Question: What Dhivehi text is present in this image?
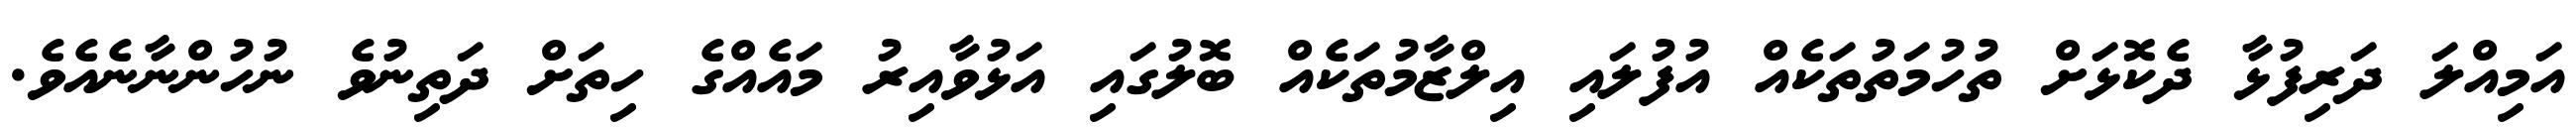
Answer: އަމިއްލަ ދަރިފުޅާ ދެކޮޅަށް ތުހުމަތުތަކެއް އުފުލައި އިލްޒާމުތަކެއް ބޮލުގައި އަޅުވާއިރު މައެއްގެ ހިތަށް ދަތިނުވެ ނުހުންނާނެއެވެ.